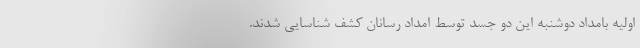
اولیه بامداد دوشنبه این دو جسد توسط امداد رسانان کشف شناسایی شدند.